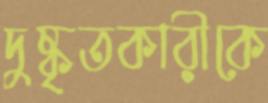
দুষ্কৃতকারীকে